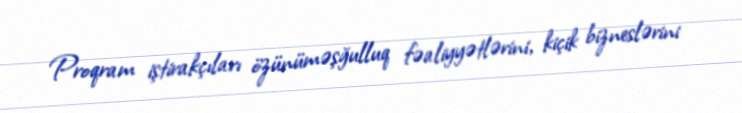
Proqram iştirakçıları özünüməşğulluq fəaliyyətlərini, kiçik bizneslərini